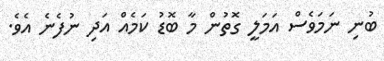
ބުނި ނަމަވެސް އަމަލީ ގޮތުން މާ ބޮޑު ކަމެއް އަދި ނުފެނެ އެވެ.